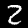
Label: 2